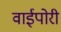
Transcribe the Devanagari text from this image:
वाईपोरी